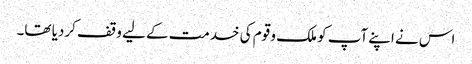
اس نے اپنے آپ کو ملک و قوم کی خدمت کے لیے وقف کردیا تھا۔